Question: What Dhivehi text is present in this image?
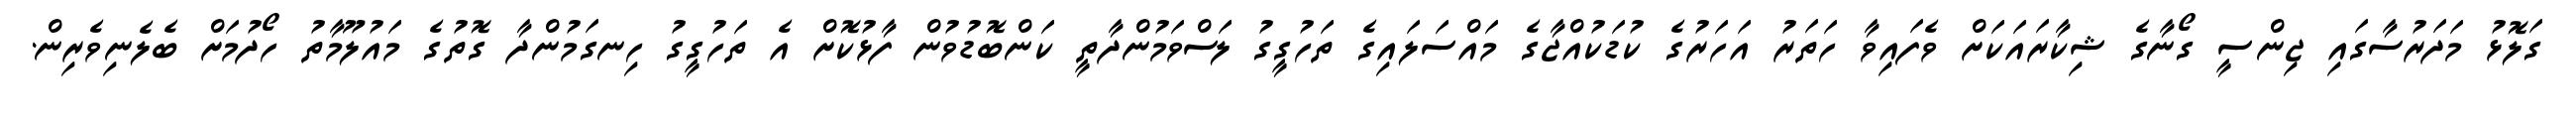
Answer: ގަލޮޅު މަދަރުސާގައި ޖިންސީ ގޯނާގެ ޝިކާރައަކަށް ވެފައިވާ ހަތަރު އަހަރުގެ ކުޑަކުއްޖާގެ މައްސަލައިގެ ތަހުގީގު ލަސްވަމުންދާތީ ކަންބޮޑުވުން ފާޅުކޮށް އެ ތަހުގީގު ހިނގަމުންދާ ގޮތުގެ މައުލޫމާތު ހޯދުމަށް ބެލެނިވެރިން.